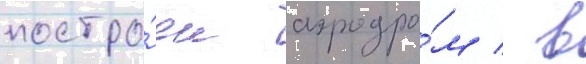
постро́ен аэродро́м / в